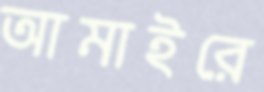
আমাইরে